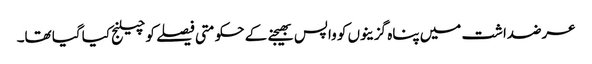
عرضداشت میں پناہ گزینوں کو واپس بھیجنے کے حکومتی فیصلے کو چیلنج کیا گیا تھا۔